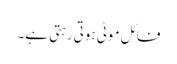
فائل موٹی ہوتی رہتی ہے۔